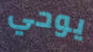
يوحي